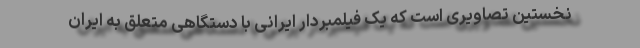
نخستین تصاویری است که یک فیلمبردار ایرانی با دستگاهی متعلق به ایران